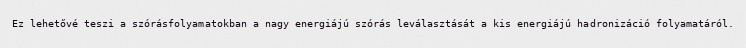
Ez lehetővé teszi a szórásfolyamatokban a nagy energiájú szórás leválasztását a kis energiájú hadronizáció folyamatáról.